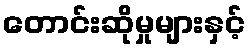
တောင်းဆိုမှုများနှင့်